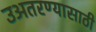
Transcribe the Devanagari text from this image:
उअतरण्यासाठी